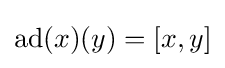
\operatorname {ad} (x)(y)=[x,y]